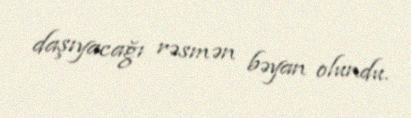
daşıyacağı rəsmən bəyan olundu.